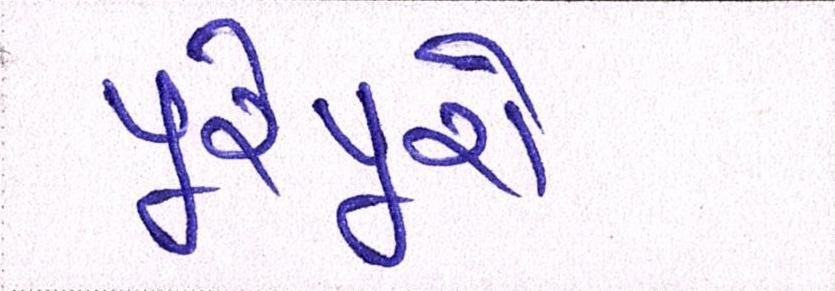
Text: પૂરેપૂરો